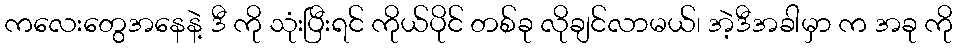
ကလေးတွေအနေနဲ့ ဒီ ကို သုံးပြီးရင် ကိုယ်ပိုင် တစ်ခု လိုချင်လာမယ်၊ အဲ့ဒီအခါမှာ က အခု ကို